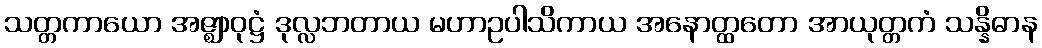
သတ္တကာယော အဇ္ဈာဝုဋ္ဌံ ဒုလ္လဘတာယ မဟာဥပါသိကာယ အနောတ္ထတော အာယုတ္တကံ သန္နိဓာန